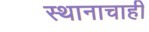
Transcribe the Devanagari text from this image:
स्थानाचाही